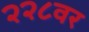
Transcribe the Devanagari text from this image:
२२८वर